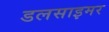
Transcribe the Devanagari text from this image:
डलसाइमर